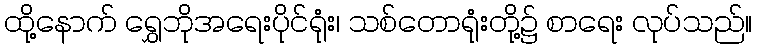
ထို့နောက် ရွှေဘိုအရေးပိုင်ရုံး၊ သစ်တောရုံးတို့၌ စာရေး လုပ်သည်။